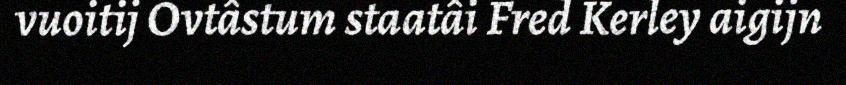
vuoitij Ovtâstum staatâi Fred Kerley aigijn